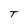
Character: T